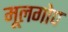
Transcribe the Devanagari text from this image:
मूलगोप